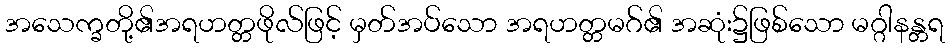
အသေက္ခတို့၏အရဟတ္တဖိုလ်ဖြင့် မှတ်အပ်သော အရဟတ္တမဂ်၏ အဆုံး၌ဖြစ်သော မဂ္ဂါနန္တရ